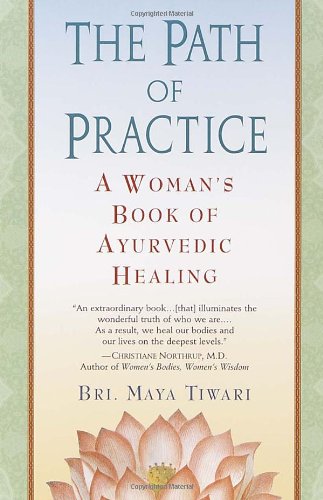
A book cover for The Path of Practice: A Woman's Book of Ayurvedic Healing; Bri Maya Tiwari; Health, Fitness & Dieting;